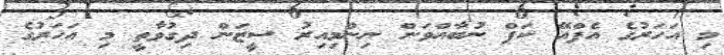
މި އަހަރުގެ އެފްއޭ ކަޕް ނުބާއްވަން ނިންމިއިރު ސީޒަން ދިގުވާތީ މި އަހަރުގެ